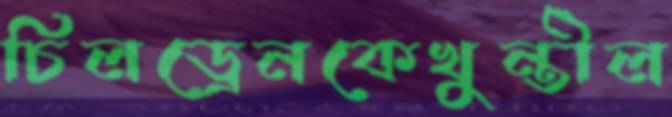
চিলড্রেনকেখুন্তীল